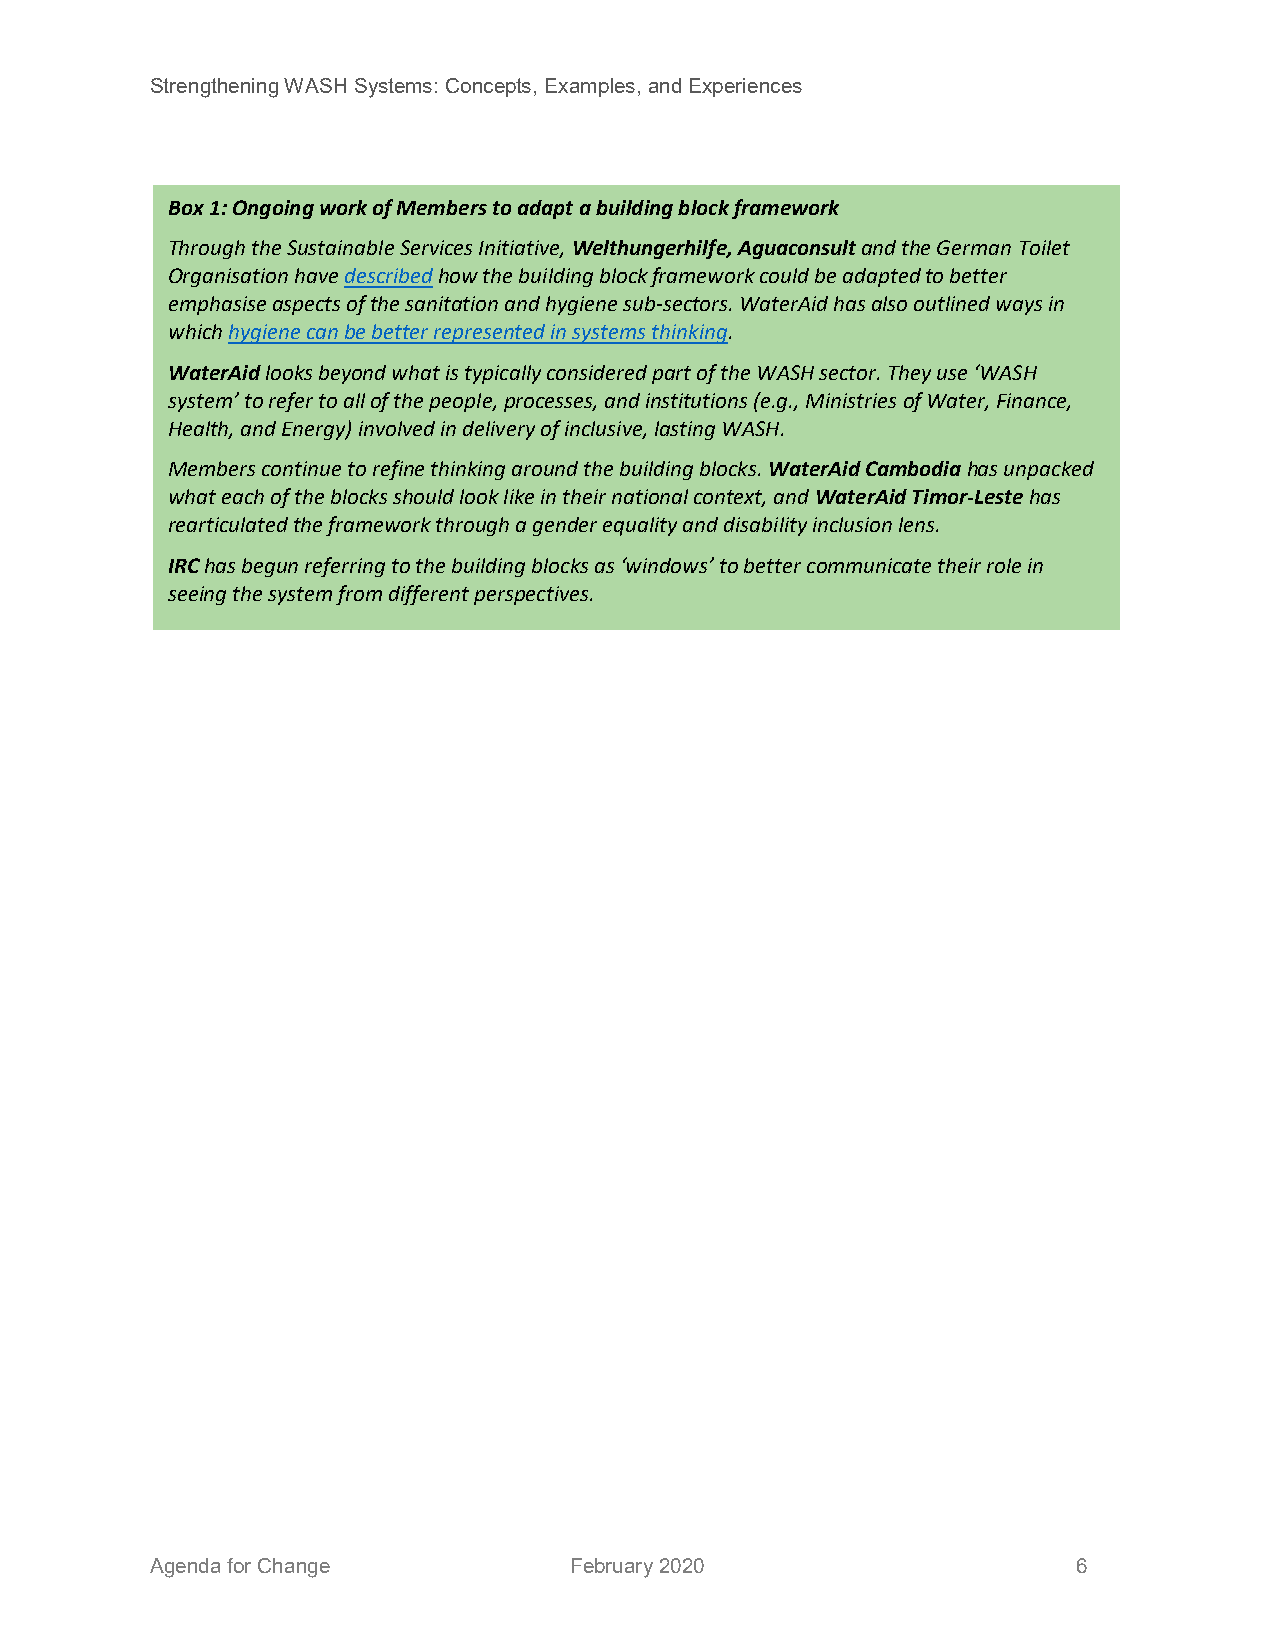
Strengthening WASH Systems: Concepts, Examples, and Experiences
 Box 1: Ongoing work of Members to adapt a building block framework
 Through the Sustainable Services Initiative, Welthungerhilfe, Aguaconsult and the German Toilet
 Organisation have described how the building block framework could be adapted to better
 emphasise aspects of the sanitation and hygiene sub-sectors. WaterAid has also outlined ways in
 which hygiene can be better represented in systems thinking.
 WaterAid looks beyond what is typically considered part of the WASH sector. They use ‘WASH
 system’ to refer to all of the people, processes, and institutions (e.g., Ministries of Water, Finance,
 Health, and Energy) involved in delivery of inclusive, lasting WASH.
 Members continue to refine thinking around the building blocks. WaterAid Cambodia has unpacked
 what each of the blocks should look like in their national context, and WaterAid Timor-Leste has
 rearticulated the framework through a gender equality and disability inclusion lens.
 IRC has begun referring to the building blocks as ‘windows’ to better communicate their role in
 seeing the system from different perspectives.
 Agenda for Change           February 2020                    6